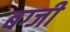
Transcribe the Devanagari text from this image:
बग्जी